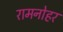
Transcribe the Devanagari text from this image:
रामनोहर